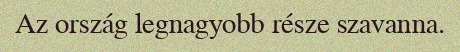
Az ország legnagyobb része szavanna.